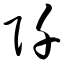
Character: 阡